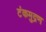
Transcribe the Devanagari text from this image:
टंकमुद्रण